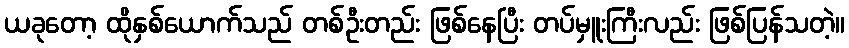
ယခုတော့ ထိုနှစ်ယောက်သည် တစ်ဦးတည်း ဖြစ်နေပြီး တပ်မှူးကြီးလည်း ဖြစ်ပြန်သတဲ့။